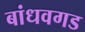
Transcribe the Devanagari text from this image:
बांधवगड